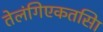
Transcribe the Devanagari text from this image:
तेलंगिएकतसिा